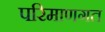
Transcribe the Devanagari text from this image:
परिमाणगत